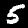
Label: 5